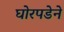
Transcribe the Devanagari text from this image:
घोरपडेने